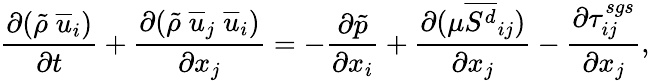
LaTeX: \frac{\partial(\tilde{\rho}\; \overline{{u}}_{i})}{\partial t}+\frac{\partial(\tilde{\rho}\; \overline{{u}}_{j}\; \overline{{u}}_{i})}{\partial x_{j}}=-\frac{\partial\tilde{p}}{\partial x_{i}}+\frac{\partial(\mu\overline{{S^{d}}}_{ij})}{\partial x_{j}}-\frac{\partial\tau_{ij}^{sgs}}{\partial x_{j}},